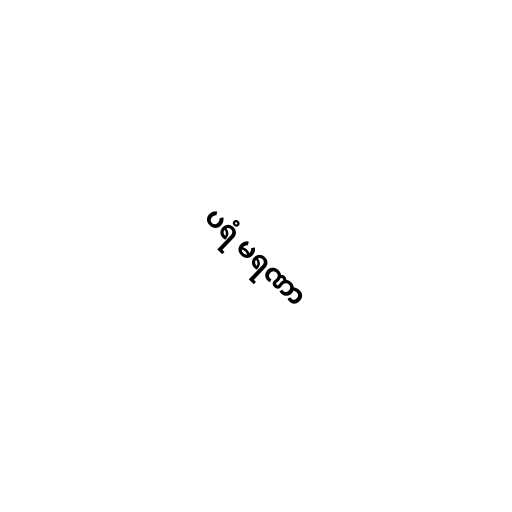
ပရံ မရဏာ